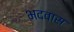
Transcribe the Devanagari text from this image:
भदवास